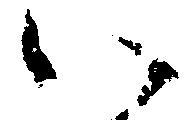
い